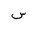
Letter: _sin